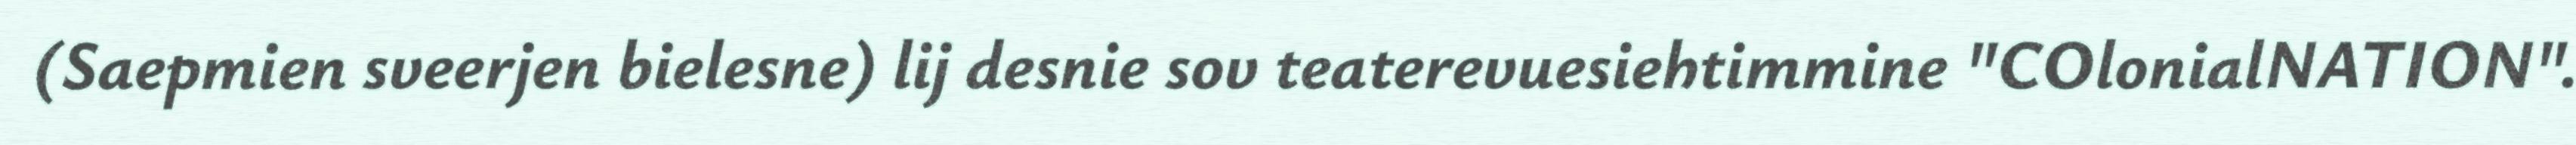
(Saepmien sveerjen bielesne) lij desnie sov teaterevuesiehtimmine "COlonialNATION".